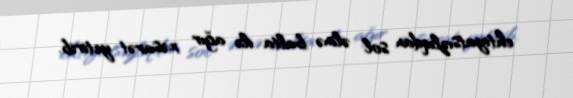
ehtiyatsızlıqdan sol əlinə balta ilə ağır xəsarət yetirib.